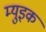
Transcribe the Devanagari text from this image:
म्युइक